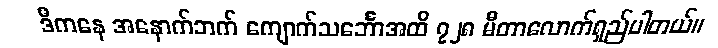
ဒီကနေ အနောက်ဘက် ကျောက်သင်္ဘောအထိ ၇၂၈ မီတာလောက်ရှည်ပါတယ်။